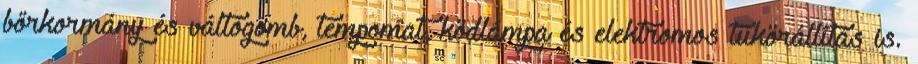
bőrkormány és váltógomb, tempomat, ködlámpa és elektromos tükörállítás is.